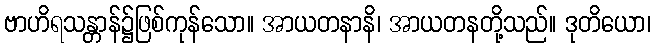
ဗာဟိရသန္တာန်၌ဖြစ်ကုန်သော။ အာယတနာနိ၊ အာယတနတို့သည်။ ဒုတိယော၊